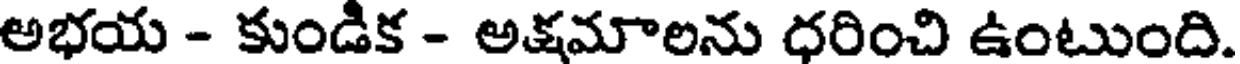
అభయ - కుండిక - అక్షమాలను ధరించి ఉంటుంది.